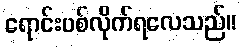
ရောင်းပစ်လိုက်ရလေသည်။